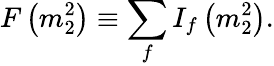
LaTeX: F\left(m_{2}^{2}\right)\equiv\sum_{f}I_{f}\left(m_{2}^{2}\right).